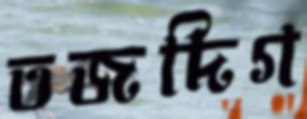
তজদিগ